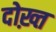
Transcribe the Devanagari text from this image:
दोख़्त